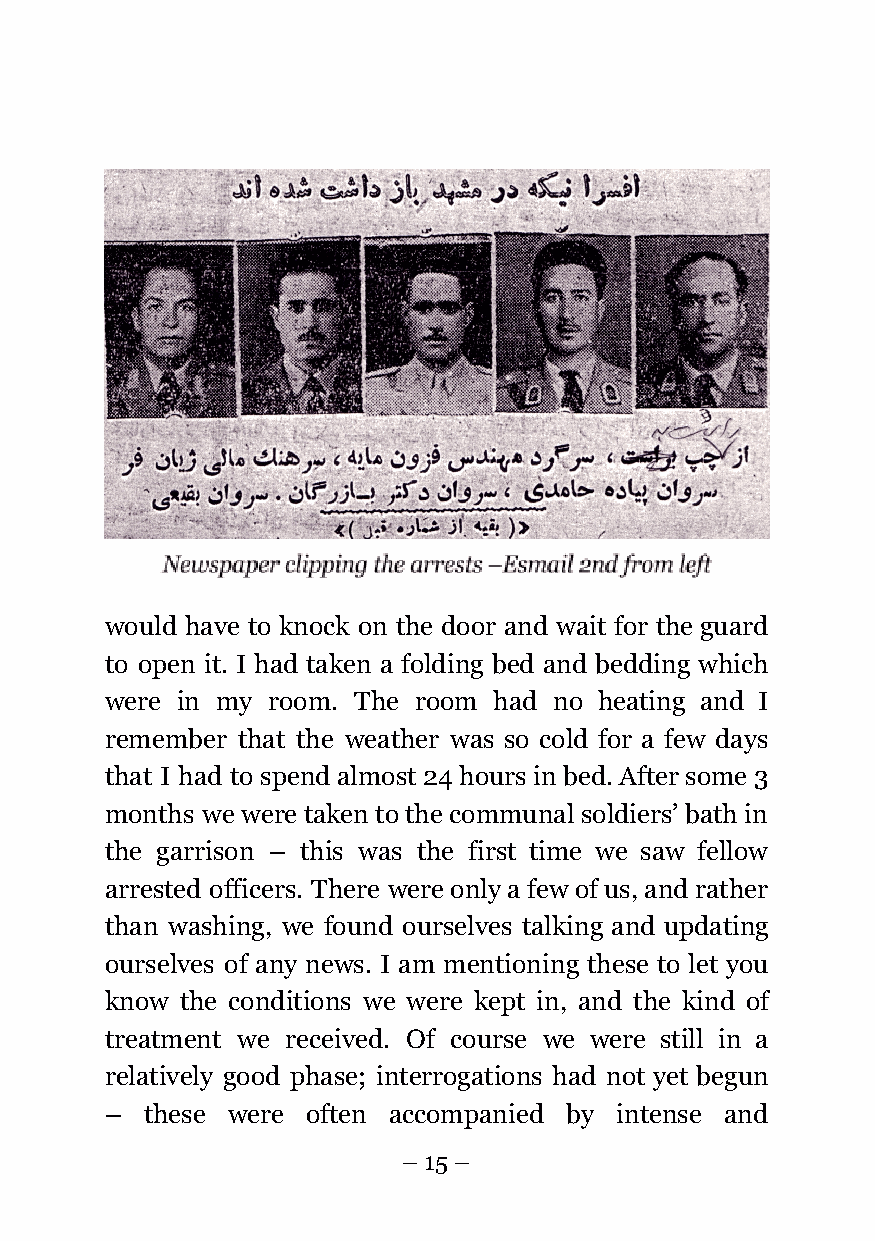
would have to knock on the door and wait for the guard
 to open it. I had taken a folding bed and bedding which
 were in my room. The room had no heating and I
 remember that the weather was so cold for a few days
 that I had to spend almost 24 hours in bed. After some 3
 months we were taken to the communal soldiers’ bath in
 the garrison – this was the first time we saw fellow
 arrested officers. There were only a few of us, and rather
 than washing, we found ourselves talking and updating
 ourselves of any news. I am mentioning these to let you
 know the conditions we were kept in, and the kind of
 treatment we received. Of course we were still in a
 relatively good phase; interrogations had not yet begun
 –  these were often accompanied by intense and
 – 15 –